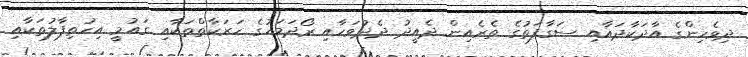
ދިވެހިންގެ އާދަކާދައާއި ސަގާފަތުގެ ތެރެއިން ދެއީދު ދެދުވަހާއި ރޯދަމަހުގެ ހަރަކާތްތަކާއި ގައުމީ އިހުތިފާލުތަކާއި